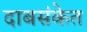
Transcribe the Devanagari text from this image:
दाबसंकेत